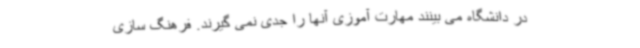
در دانشگاه می بینند مهارت آموزی آنها را جدی نمی گیرند. فرهنگ سازی